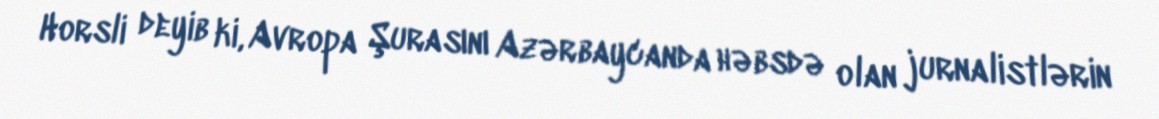
Horsli deyib ki, Avropa Şurasını Azərbaycanda həbsdə olan jurnalistlərin